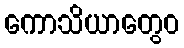
ကောသိယာတွေဝ